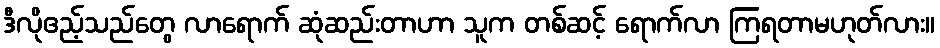
ဒီလိုဧည့်သည်တွေ လာရောက် ဆုံဆည်းတာဟာ သူက တစ်ဆင့် ရောက်လာ ကြရတာမဟုတ်လား။